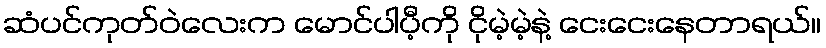
ဆံပင်ကုတ်ဝဲလေးက မောင်ပါပီ့ကို ငိုမဲ့မဲ့နဲ့ ငေးငေးနေတာရယ်။